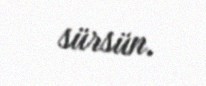
sürsün.